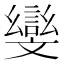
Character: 𭤛